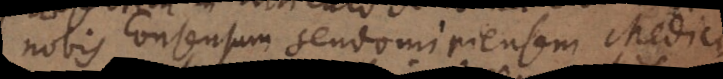
nobis consensum Sendomiriensem Medici